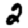
Digit: 2